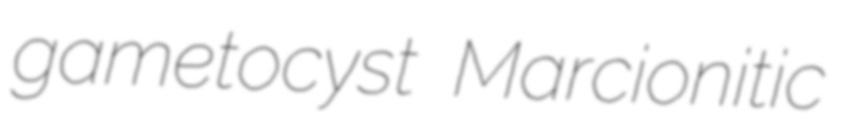
gametocyst Marcionitic